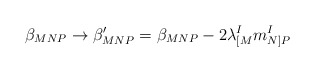
\begin{align*}\beta_{MNP} \rightarrow \beta'_{MNP} = \beta_{MNP}- 2 \lambda^I_{[M} m^I_{N]P}\end{align*}